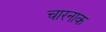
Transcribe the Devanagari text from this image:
चारनाक